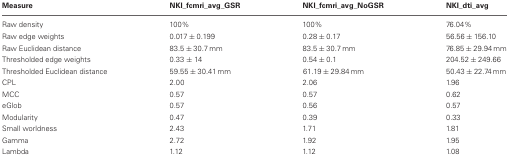
| Measure | NKI_fcmri_avg_GSR | NKI_fcmri_avg_NoGSR | NKI_dti_avg |
 | --- | --- | --- | --- |
 | Raw density | 100% | 100% | 76.04% |
 | Raw edge weights | 0.017 ± 0.199 | 0.28± 0.17 | 56.56 ± 156.10 |
 | Raw Euclidean distance | 83.5 ± 30.7 mm | 83.5 ± 30.7 mm | 76.85 ± 29.94 mm |
 | Thresholded edge weights | 0.33 ± 14 | 0.54 ± 0.1 | 204.52 ± 249.66 |
 | Thresholded Euclidean distance | 59.55 ± 30.41 mm | 61.19 ± 29.84 mm | 50.43 ± 22.74 mm |
 | CPL | 2.00 | 2.06 | 1.96 |
 | MCC | 0.57 | 0.57 | 0.62 |
 | eGlob | 0.57 | 0.56 | 0.57 |
 | Modularity | 0.47 | 0.39 | 0.33 |
 | Small worldness | 2.43 | 1.71 | 1.81 |
 | Gamma | 2.72 | 1.92 | 1.95 |
 | Lambda | 1.12 | 1.12 | 1.08 |